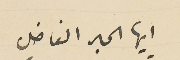
ايها الحبر الفاضل